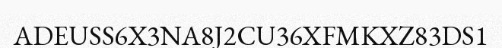
ADEUSS6X3NA8J2CU36XFMKXZ83DS1